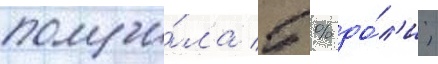
получи́ла 5 % до́л'и;